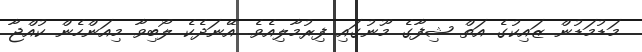
މަޑުމަޑުން ޒައިކުގެ އަތް ޝިފާގެ މޫނުގައި ފިރުމާލިއެވެ. އޭނަދެކެ ލޯބިވާ މިއަންހެން ކުއްޖާ